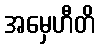
အမှေဟီတိ